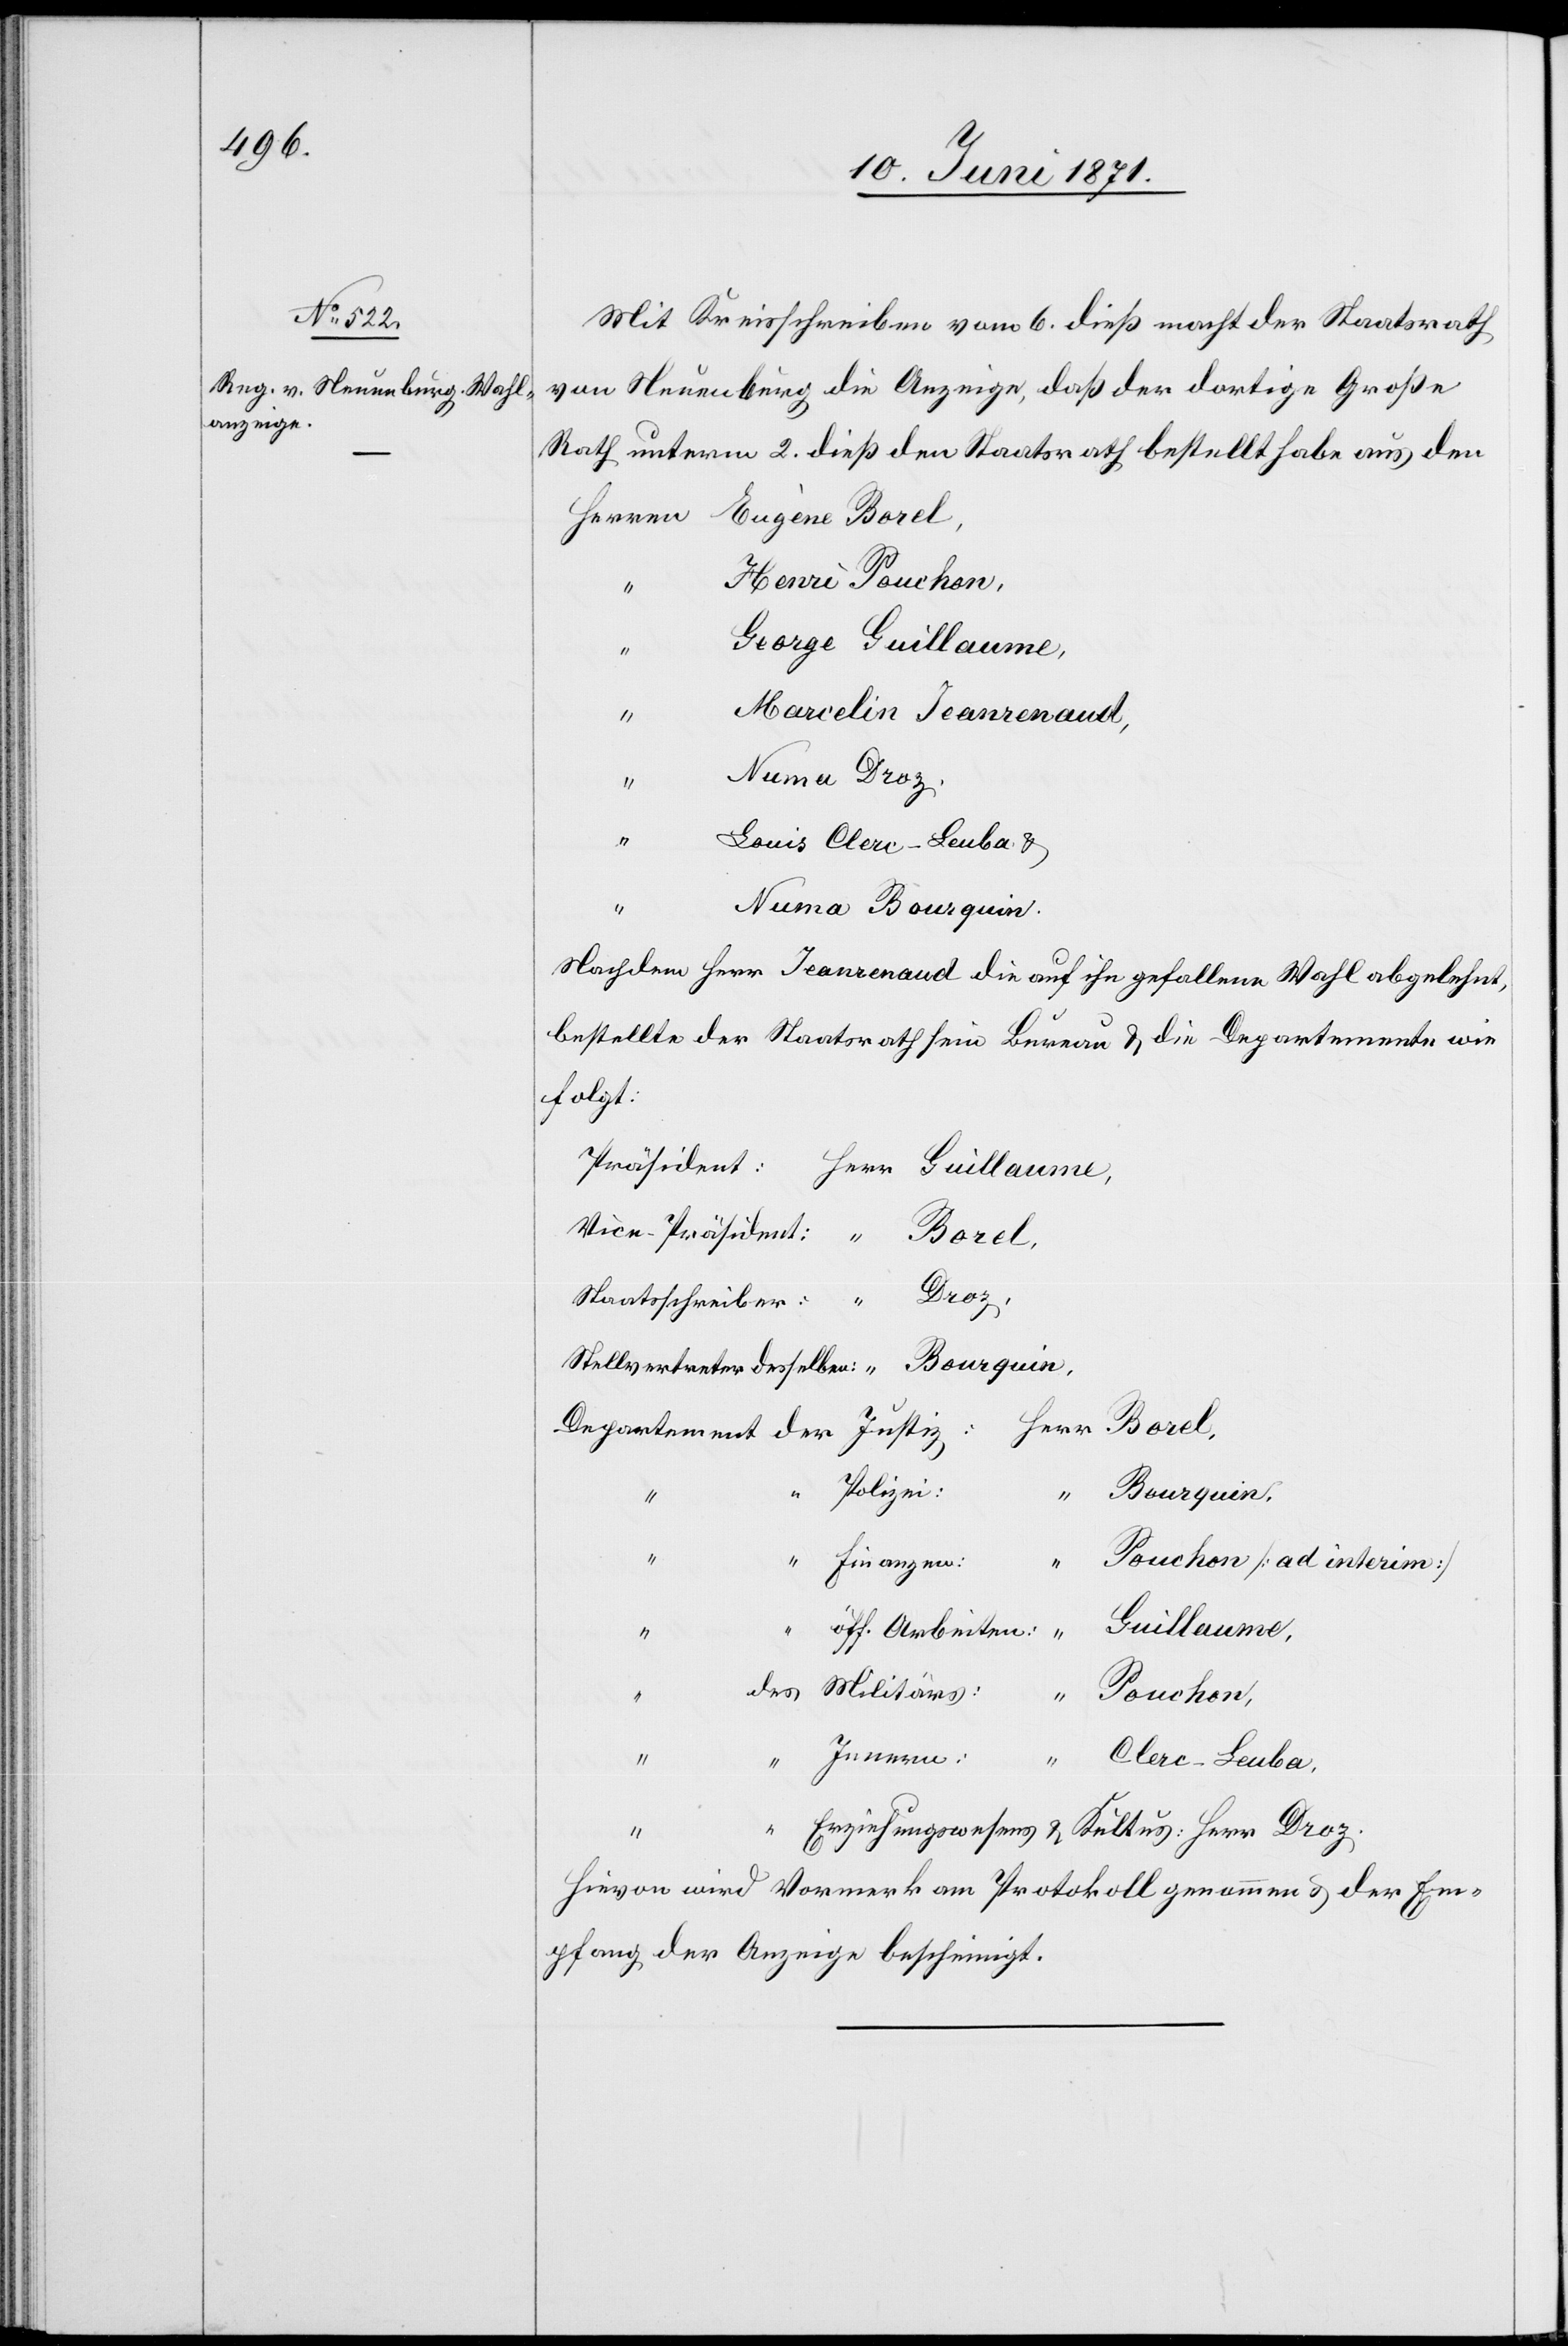
Mit Kreisschreiben vom 6. dieß macht der Staatsrath
von Neuenburg die Anzeige, daß der dortige Große
Rath unterm 2. dieß den Staatsrath bestellt habe aus den
Henri Pouchon,
“
Herr Guillaume,
“
Marcelin Jeanrenaud,
“
Numa Droz
“
Louis Clerc-Leuba u.
Numa Bourquin
Nachdem Herr Jeanrenaud die auf ihn gefallene Wahl abgelehnt,
bestellte der Staatsrath sein Bureau u. die Departemente wie
folgt:
Staatsschreiber:
Polizei:
“ Bourquin,
“
Finanzen:
Pouchon,
Innern:
“
Droz.
u.
Clerc-Leuba,
Hievon wird Vormerk am Protokoll genommen u. der Em¬
pfang der Anzeige bescheinigt.